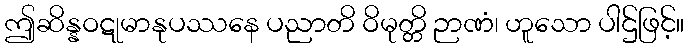
ဤဆိန္နဝဋုမာနုပဿနေ ပညာတိ ဝိမုတ္တိ ဉာဏံ၊ ဟူသော ပါဌ်ဖြင့်။